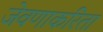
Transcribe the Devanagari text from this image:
जेवणाकरिता